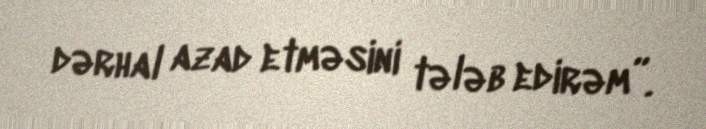
dərhal azad etməsini tələb edirəm”.